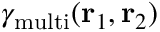
{ { \gamma } _ { \mathrm { m u l t i } } } ( { { \bf { r } } _ { 1 } } , { { \bf { r } } _ { 2 } } )